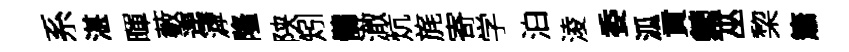
系湛暉藪逕滹隆陕矧鶻澈炕旄寄学泊淩委泒貢縈巫棃簫